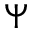
\Psi